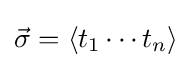
{\vec {\sigma }}=\langle t_{1}\cdots t_{n}\rangle